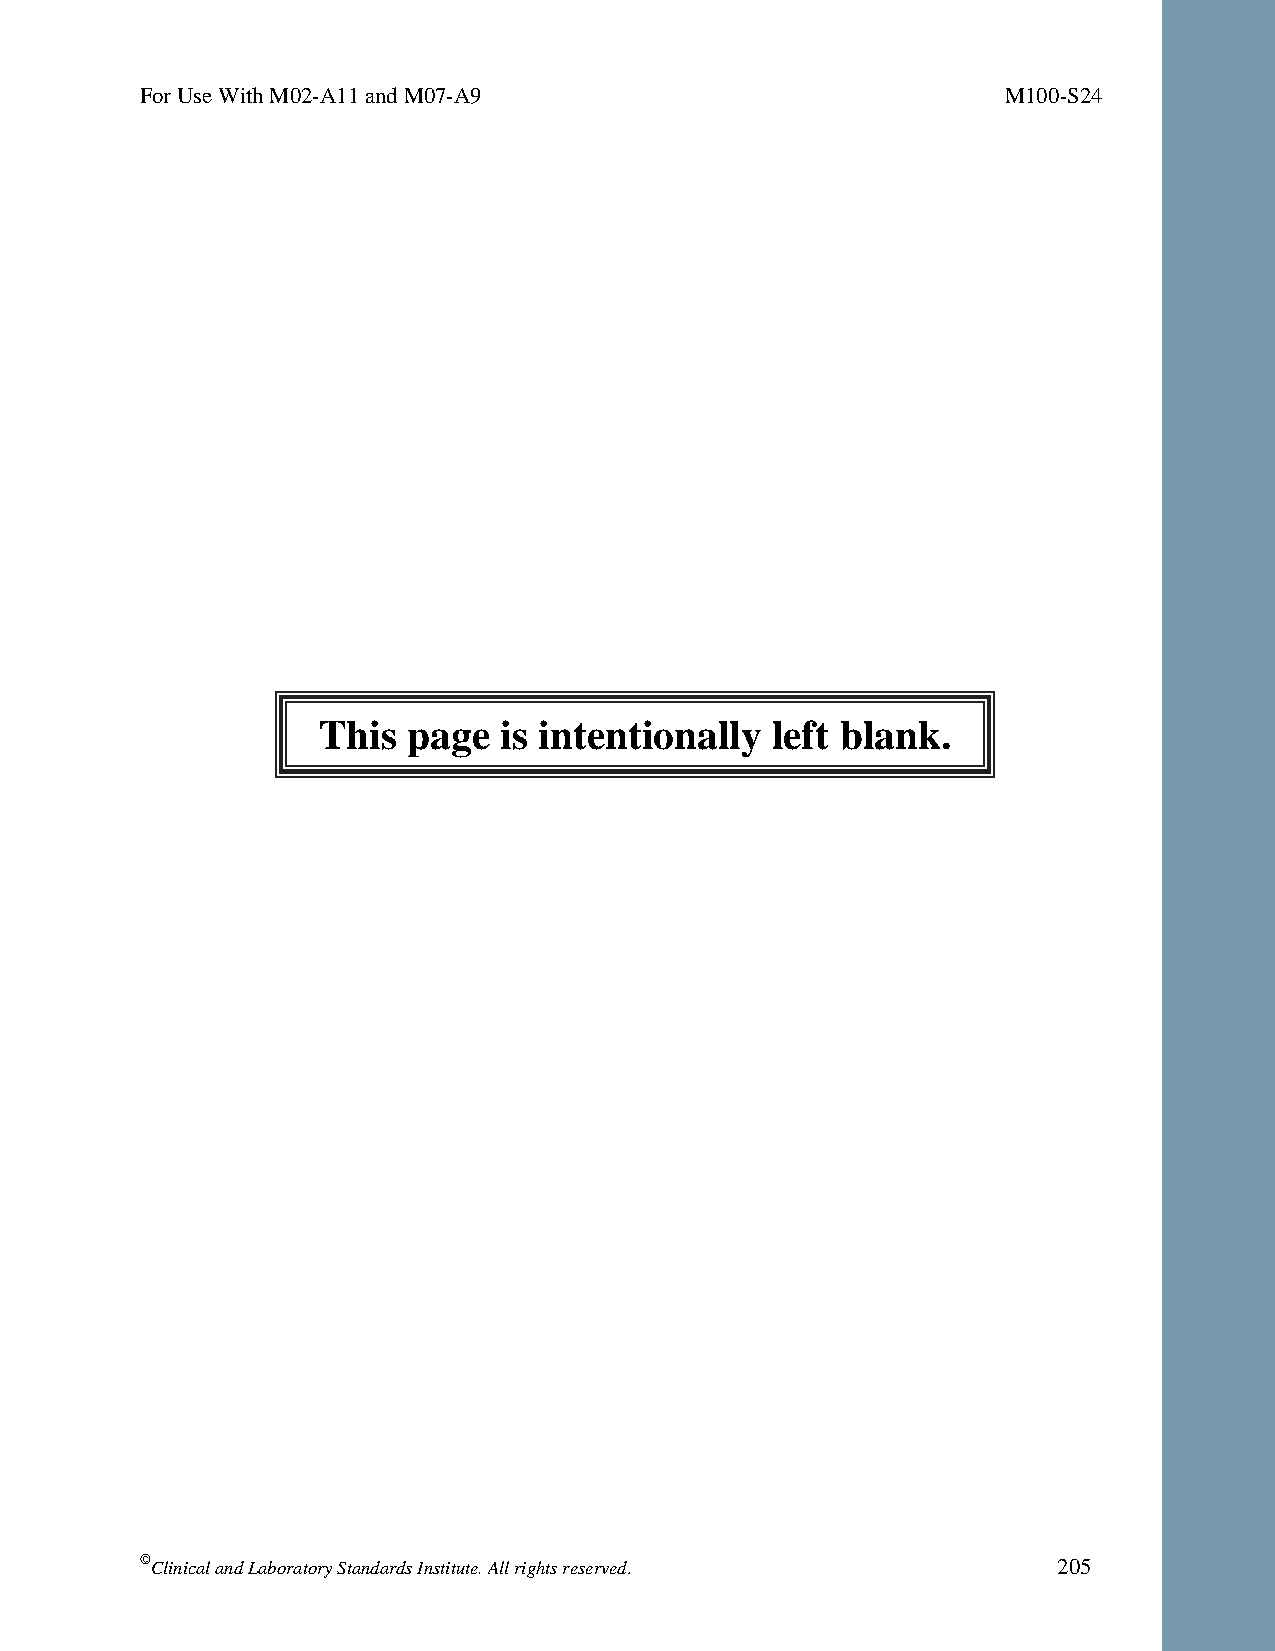
For Use With M02-A11 and M07-A9                           M100-S24
 This  page  is intentionally  left blank.
 © Clinical and Laboratory Standards Institute. All rights reserved. 205
 Thisdocumentisprotectedbycopyright.
 PublishedOn1/1/2014.